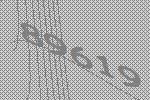
89619